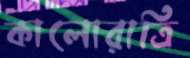
কালোরাত্রি